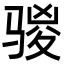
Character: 𮪣